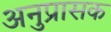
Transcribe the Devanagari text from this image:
अनुप्रासक